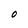
Character: O